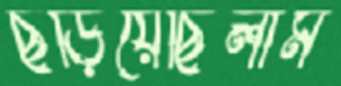
ছড়িয়েছিলাম